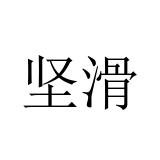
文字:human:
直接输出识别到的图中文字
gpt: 坚滑